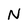
Character: N